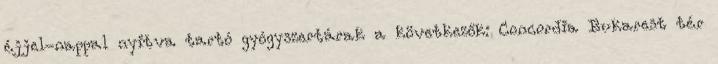
éjjel-nappal nyitva tartó gyógyszertárak a következők: Concordia Bukarest tér